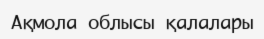
Ақмола облысы қалалары